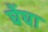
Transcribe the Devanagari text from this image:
घैंघा